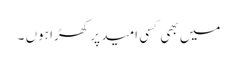
میں بھی کسی امید پر کھڑا ہوں ۔